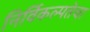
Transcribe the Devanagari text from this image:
निर्विकल्पतेचा